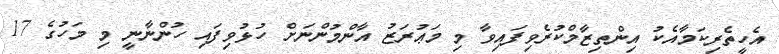
އެހީތެރިކަމާއެކު އިންތިޒާމްކުރެވިފައިވާ މި މަޢުރަޒު އާންމުންނަށް ހުޅުވިފައި ހުންނާނީ މި މަހުގެ 17